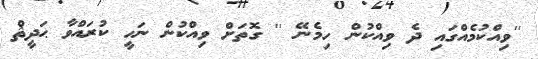
''ވިއްކުމެއްގައި ދެ ވިއްކުން ހިމެނޭ '' ގޮތަށް ވިއްކުން ނަހީ ކުރައްވާ ޙަދީޘް